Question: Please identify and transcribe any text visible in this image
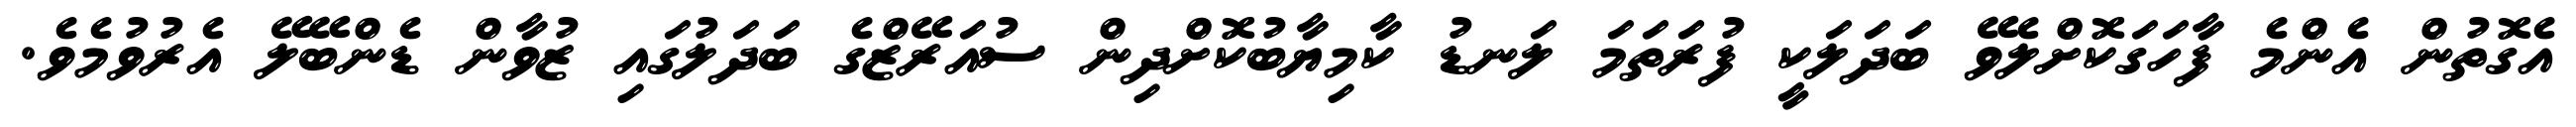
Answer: އެގޮތުން އެންމެ ފާހަގަކޮށްލެވޭ ބަދަލަކީ ފުރަތަމަ ލަނޑު ކާމިޔާބުކޮށްދިން ސުއަރޭޒްގެ ބަދަލުގައި ޒުވާން ޑެންބޭލޭ އެރުވުމެވެ.